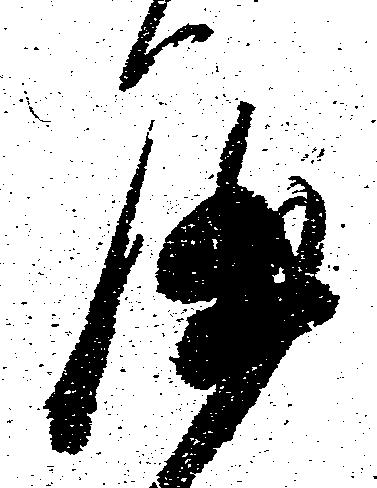
や